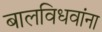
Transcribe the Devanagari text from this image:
बालविधवांना